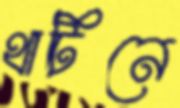
থার্টিনে